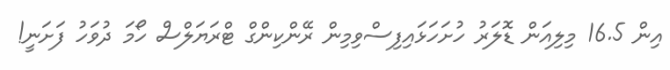
އިން 16.5 މިލިއަން ޑޮލަރު ހުށަހަޅައިފިސްވިމިން ރޭންކިންގް ޓްރަޔަލްސް ހޯމަ ދުވަހު ފަށަނީ!